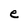
Character: e